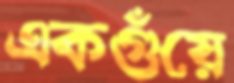
একগুঁয়ে